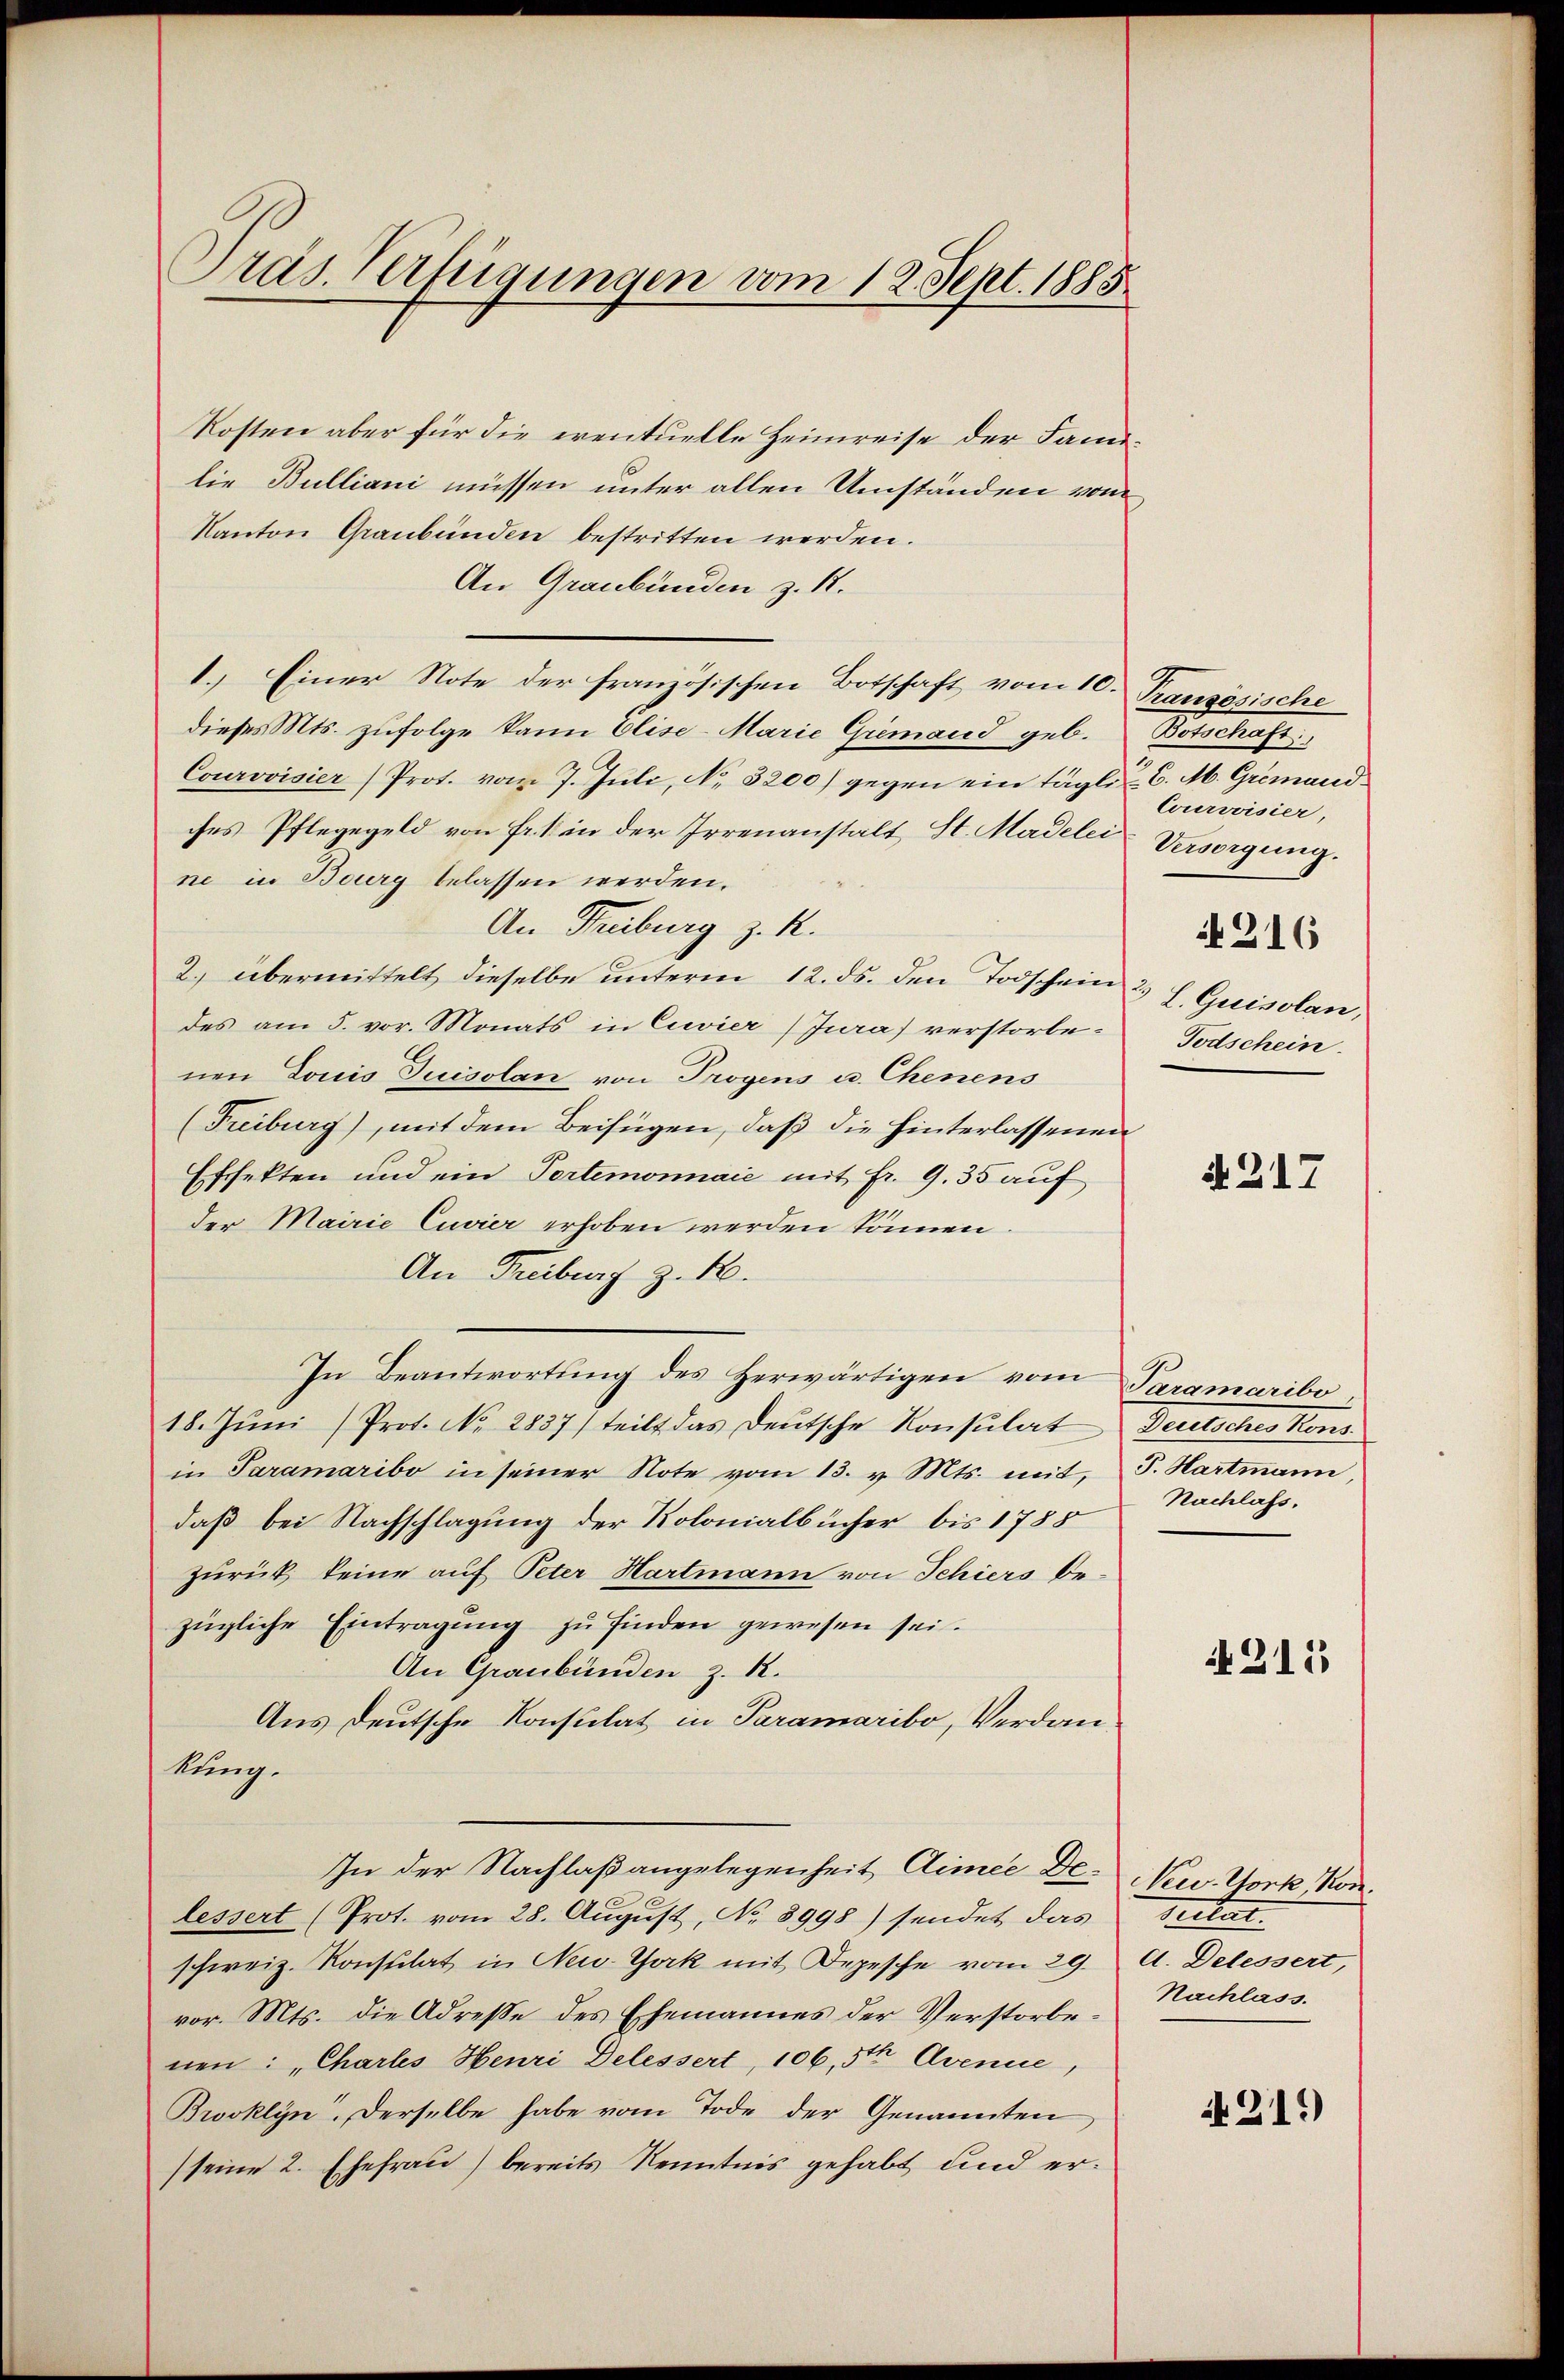
Präs. Verfügungen vom 12. Sept. 1885

Kosten aber für die eventuelle Heimreise der Familie Bulliani müssen unter allen Umständen vom
Kanton Graubünden bestritten werden.
An Graubünden z. R.
1.) Einer Note der französischen Botschaft vom 10. Französische
dieses Mts. zufolge kann Elise-Marie Gremand geb.
Courvoisier Prot. vom 7. Juli, No. 3200) gegen ein täglich C. M. Gremandches Pflegegeld von Fr. 1 in der Irrenanstalt, St. Madelei Versorgung.
ne in Bourg belassen werden.
An Freiburg z. R.
2. übermittelt dieselbe unterm 12. ds. den Todschein 2 l. Quisolan,
des am 5. vor. Monats in Cuvier (Jura) verstorbenen Louis Juisolan von Trogens u. Chenens
(Freiburg), mit dem Beifügen, daß die hinterlassenen
Effekten und ein Partemonnaie mit fr. 9. 35 auf
der Mairie Cuvier erhoben werden können.
An Freiburg z. B.
In Beantwortung des Herwärtigen vom Paramaribo
18. Jŭni (Prot. No. 2837) teilt das Deutsche Konsulat Deutsches Kons
in Paramaribo in seiner Note vom 13. v. Mts. mit J. Hartmann,
daß bei Nachschlagung der Kolonialbücher bis 1785
zurück, keine auf Peter Hartmann von Schiers be-
zügliche Eintragung zu finden gewesen sei.
An Graubünden z. R.
Aus deutsche Konsulat in Paramaribo, Verdankung.
In der Nachlaßangelegenheit Armee De-Ver. Vork, Konlessert (Prot. vom 28. August, No. 8998) sendet das
schweiz. Konsulat in New-York mit Depesche vom 29. A. Delessert,
vor. Mts. die Adresse des Ehemannes der Verstorbenen: „Chartes Henri Delessert, 106, 3ten Avenue,
Brooklyn. Derselbe habe vom Tode der Genannten
seine 2. Ehefrau) bereits Kenntnis gehabt und er¬

Noterbrachte
Courvoisier,
216
Todschein.

A 217

Nachlass.

211

Seitet.
Nachlass.

219)